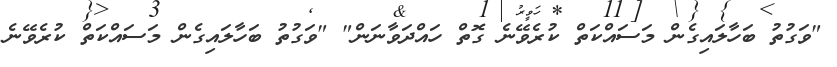
"ވަގުތު ބަހާލައިގެން މަސައްކަތް ކުރެވޭނެ ގޮތް ހައްދަވާނަން" "ވަގުތު ބަހާލައިގެން މަސައްކަތް ކުރެވޭނެ